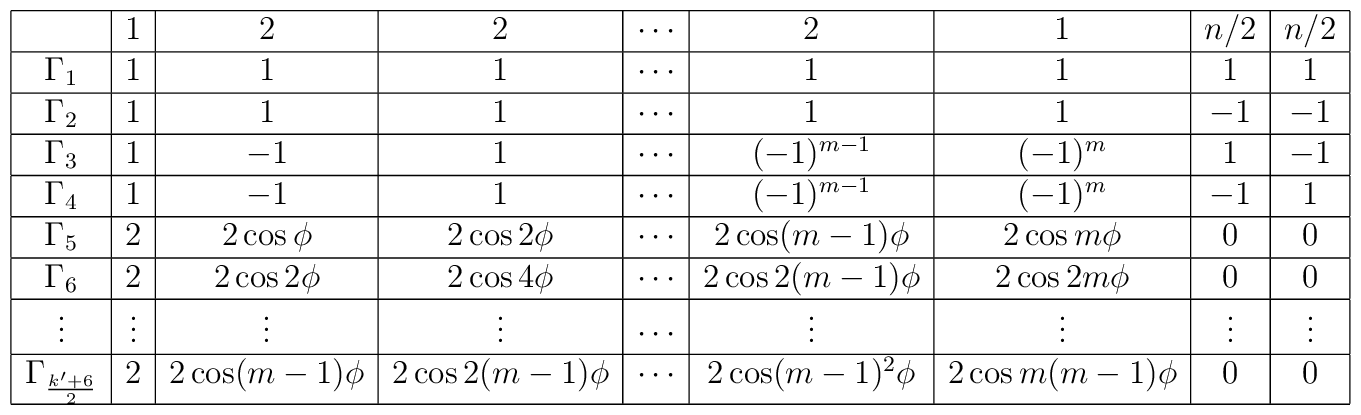
\begin{array}{|c|c|c|c|c|c|c|c|c|}\hline        & 1 & 2 & 2 & \cdots  & 2 & 1 & n/2 & n/2 \\ \hline\Gamma_{1} & 1 & 1 & 1 & \cdots  & 1 & 1 & 1 & 1 \\ \hline\Gamma_{2} & 1 & 1 & 1 & \cdots  & 1 & 1 & -1 & -1 \\ \hline\Gamma_{3} & 1 & -1 & 1 & \cdots  & (-1)^{m-1} & (-1)^{m} & 1 & -1 \\ \hline\Gamma_{4} & 1 & -1 & 1 & \cdots  & (-1)^{m-1} & (-1)^{m} & -1& 1 \\ \hline\Gamma_{5} & 2 & 2 \cos \phi  & 2\cos 2\phi  & \cdots  &         2\cos(m-1)\phi  & 2\cos m\phi  & 0 & 0 \\ \hline\Gamma_{6} & 2 & 2\cos 2\phi  & 2\cos 4\phi  & \cdots  & 2\cos        2(m-1)\phi  & 2\cos 2m\phi  & 0 & 0 \\ \hline\vdots  &\vdots  &\vdots  &\vdots  &\cdots  &\vdots  &\vdots  &\vdots  	&\vdots \\ \hline\Gamma_{\frac{k'+6}{2}} & 2 & 2\cos (m-1)\phi  & 2\cos 2(m-1)\phi  &        \cdots  & 2\cos (m-1)^{2}\phi  & 2\cos m(m-1)\phi  & 0 & 0 \\ \hline\end{array}